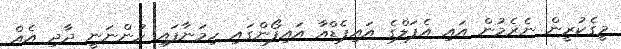
މީގެކުރީން ނެރެމުން އައި އެޕަލްގެ އައިޕެޑްއާ އައިފޯންގައި ހިމަނާފައި ހުންނަނީ ދާދި އެއް